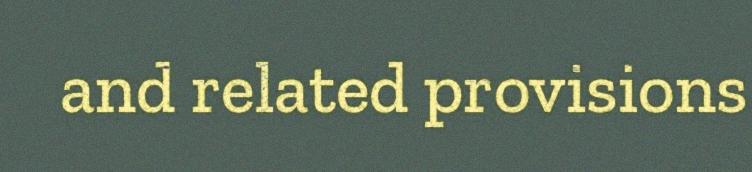
and related provisions